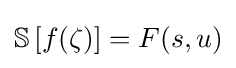
{\mathbb {S} }\left[f(\zeta )\right]=F(s,u)